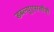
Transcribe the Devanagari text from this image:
डब्ल्यूएससीवी